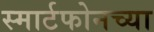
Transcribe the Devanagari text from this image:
स्मार्टफोनच्या